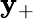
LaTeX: \mathbf{y}_{+}